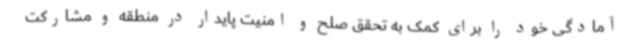
آمادگی خود را برای کمک به تحقق صلح و امنیت پایدار در منطقه و مشارکت